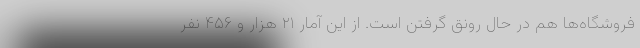
فروشگاه‌ها هم در حال رونق گرفتن است. از این آمار ۲۱ هزار و ۴۵۶ نفر